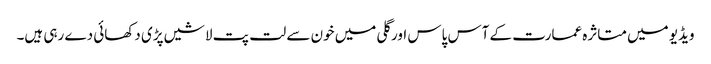
ویڈیو میں متاثرہ عمارت کے آس پاس اور گلی میں خون سے لت پت لاشیں پڑی دکھائی دے رہی ہیں۔